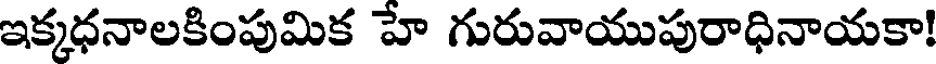
ఇక్కధనాలకింపుమిక హే గురువాయుపురాధినాయకా!